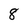
Character: 8